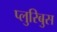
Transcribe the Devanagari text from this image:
प्लुरिबुस